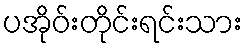
ပအိုဝ်းတိုင်းရင်းသား